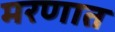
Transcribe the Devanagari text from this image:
मरणात